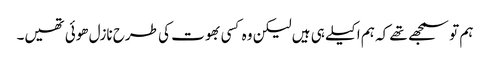
ہم تو سمجھے تھے کہ ہم اکیلے ہی ہیں لیکن وہ کسی بھوت کی طرح نازل ھوئی تھیں۔